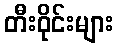
တီးဝိုင်းများ